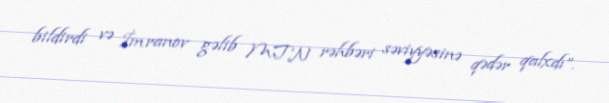
bildirdi və İmranov gəlib MTN rəhbəri səviyyəsinə qədər qalxdı”.